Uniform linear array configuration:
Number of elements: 4
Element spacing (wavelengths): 1
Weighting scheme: blackman
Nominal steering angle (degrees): -45
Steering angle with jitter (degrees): -46.511
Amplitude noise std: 0.05
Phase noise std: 0.05

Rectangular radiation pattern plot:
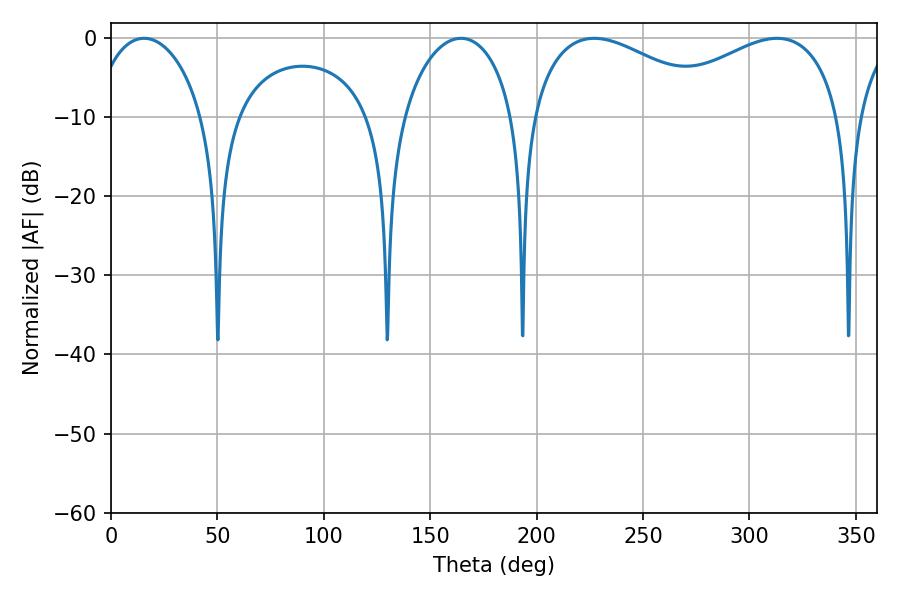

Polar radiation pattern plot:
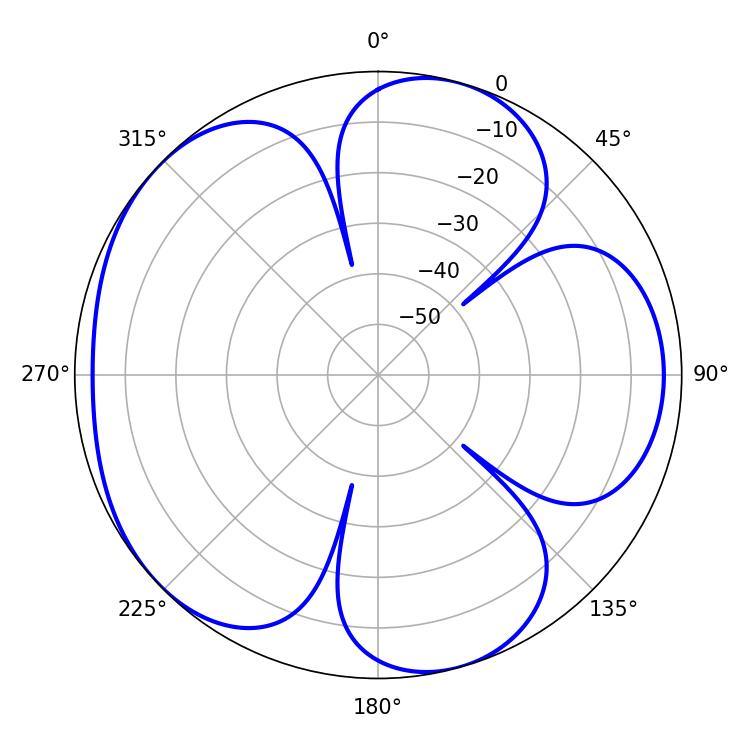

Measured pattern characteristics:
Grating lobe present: TRUE
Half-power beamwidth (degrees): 50.04
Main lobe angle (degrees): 226.98